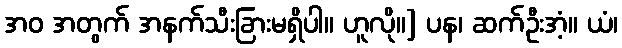
အဝ အတွက် အနက်သီးခြားမရှိပါ။ ဟူလို။] ပန၊ ဆက်ဦးအံ့။ ယံ၊